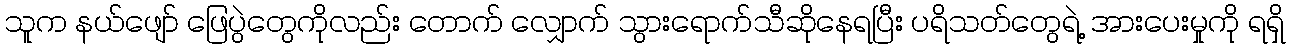
သူက နယ်ဖျော် ဖြေပွဲတွေကိုလည်း တောက် လျှောက် သွားရောက်သီဆိုနေရပြီး ပရိသတ်တွေရဲ့ အားပေးမှုကို ရရှိ